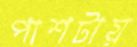
পাশটায়